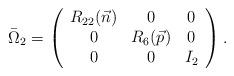
LaTeX: \begin{align*}\bar{\Omega}_2 = \left( \begin{array}{ccc} R_{22}(\vec{n}) & 0 & 0 \\ 0 & R_6(\vec{p}) & 0 \\ 0 & 0 & I_2 \end{array} \right). \end{align*}